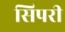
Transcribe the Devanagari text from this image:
सिपरी